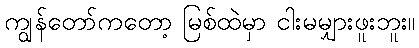
ကျွန်တော်ကတော့ မြစ်ထဲမှာ ငါးမမျှားဖူးဘူး။